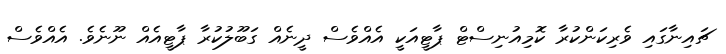
ޗައިނާގައި ވެރިކަންކުރާ ކޮމިއުނިސްޓް ޕާޓީއަކީ އެއްވެސް ދީނެއް ގަބޫލުކުރާ ޕާޓީއެއް ނޫނެވެ. އެއްވެސް